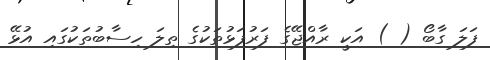
ފަލަ ގާބޯ ( ) އަކީ ރާއްޖޭގެ ފަރުފަޅުތަކުގެ ތިލަ ހިސާބުތަކުގައި އުޅޭ